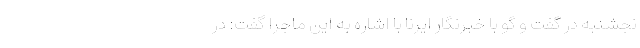
نجشنبه در گفت و گو با خبرنگار ایرنا با اشاره به این ماجرا گفت: در